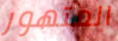
المتهور